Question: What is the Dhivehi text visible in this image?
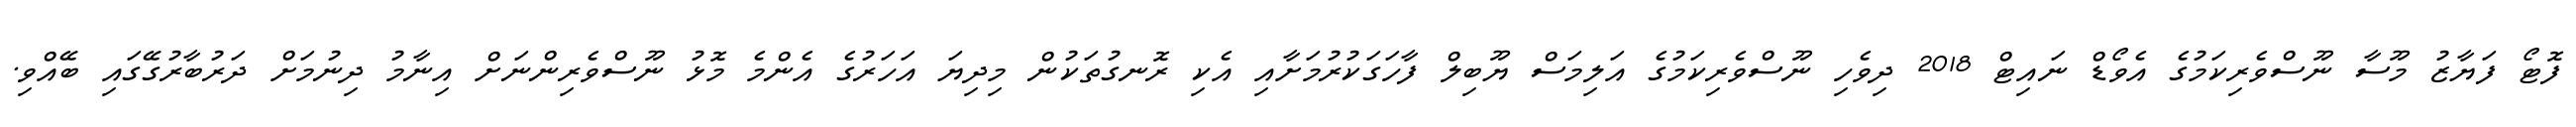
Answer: ފޮޓޯ ފަޔާޒު މޫސާ ނޫސްވެރިކަމުގެ އެވޯޑް ނައިޓް 2018 ދިވެހި ނޫސްވެރިކަމުގެ އަލިމަސް ޔޫބިލް ފާހަގަކުރުމަށާއި އެކި ރޮނގުތަކުން މިދިޔަ އަހަރުގެ އެންމެ މޮޅު ނޫސްވެރިންނަށް އިނާމު ދިނުމަށް ދަރުބާރުގޭގައި ބޭއްވި.